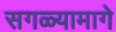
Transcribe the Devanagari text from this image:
सगळ्यामागे